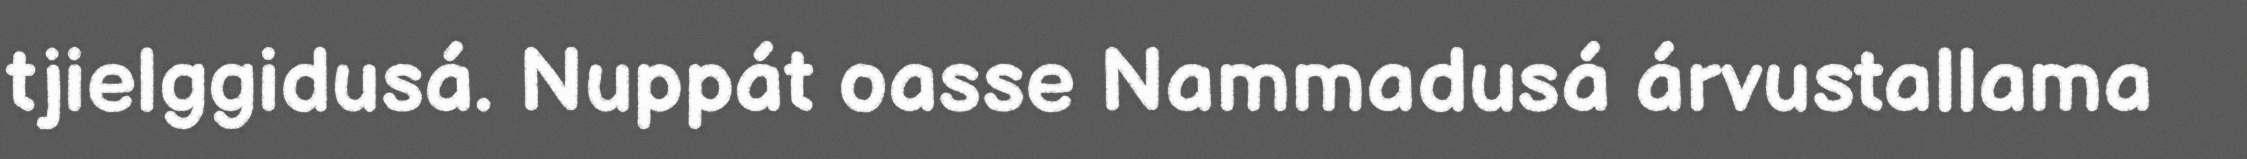
tjielggidusá. Nuppát oasse Nammadusá árvustallama